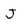
Character: J